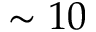
\sim 1 0